Vaccine operations Central Provinces 1900-1911 - 1900-1911
Year: 1900
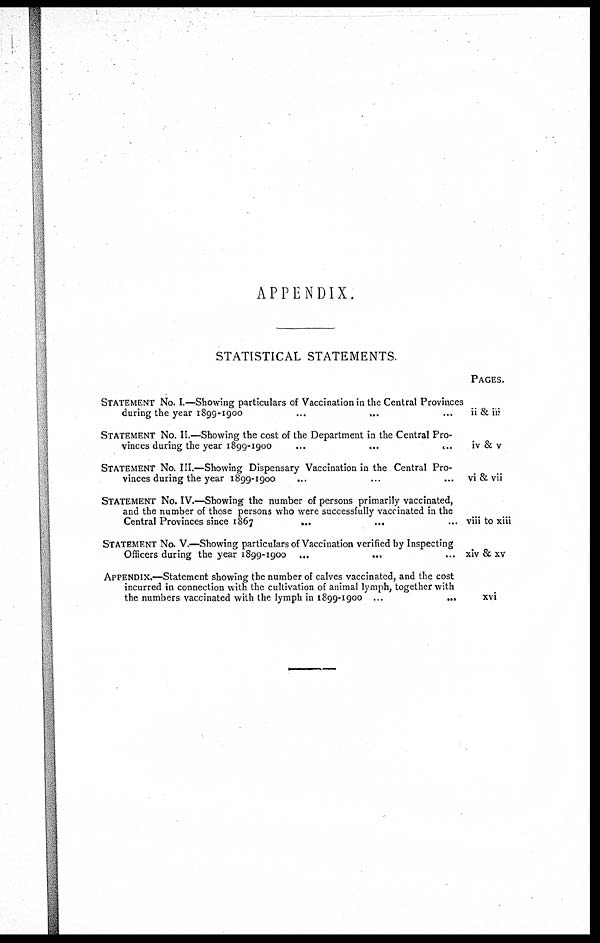
APPENDIX.
STATISTICAL STATEMENTS.
STATEMENT NO. I.—Showing particulars of Vaccination in the Central Provinces
during the year 1899-1900
...
...
STATEMENT No. II.—Showing the cost of the Department in the Central Pro-
vinces during the year 1899-1900
...
...
...
STATEMENT NO. III.—Showing Dispensary Vaccination in the Central Pro-
vinces during the year 1899-1900
...
STATEMENT No. IV.—Showing the number of persons primarily vaccinated,
and the number of those persons who were successfully vaccinated in the
Central Provinces since 1867
...
...
STATEMENT No. V.—Showing particulars of Vaccination verified by Inspecting
Officers during the year 1899-1900 ...
APPENDIX.—Statement showing the number of calves vaccinated, and the cost
incurred in connection with the cultivation of animal lymph, together with
the numbers vaccinated with the lymph in 1899-1900 ...
...
PAGES.
ii & iii
iv & v
vi & vii
viii to xiii
xiv & xv
xvi